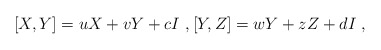
\begin{align*}[X,Y]=uX+vY+cI \ , [Y,Z]=wY+zZ+dI \ ,\end{align*}